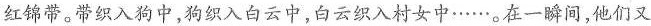
红锦带。带织入狗中，狗织入白云中，白云织入村女中……。在一瞬间，他们又